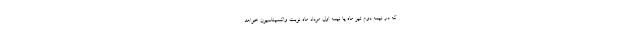
که در نیمه دوم تیر ماه یا نیمه اول مرداد ماه نوبت واکسیناسیون خواهد